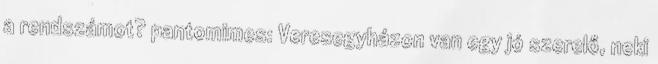
a rendszámot? pantomimes: Veresegyházon van egy jó szerelő, neki